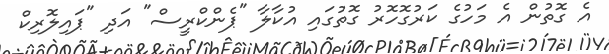
އެ ގޮތުން އެ މަހުގެ ކަރުގޮހޮރު ގޮތުގައި އުކާލާ "ޕެންކްރީސް" އަދި "ޕައިލޮރިކް